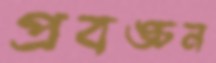
প্রবঙ্চন